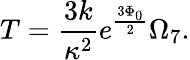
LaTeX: T=\frac{3k}{\kappa^{2}}e^{\frac{3\Phi_{0}}{2}}\Omega_{7}.